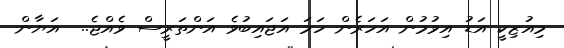
މިއުޒިކީ އަޑު އިވުމުން އަހަރެން ހަމަ އަޖައިބުވެ އަންތަރީސް ވެއްޖެ..  އަޔާން